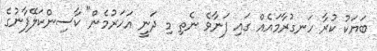
ބަޔަކު ކުރާ ހަނގުރާމައެއް ގައި ފަނާވެ ނެތި މި ދަނީ އަހަރުމެން" ކާސިންކަލޭފާނުގެ